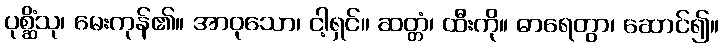
ပုစ္ဆိံသု၊ မေးကုန်၏။ အာဝုသော၊ ငါ့ရှင်။ ဆတ္တံ၊ ထီးကို။ ဓာရေတွာ၊ ဆောင်၍။